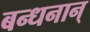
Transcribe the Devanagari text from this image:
बन्धनान्